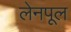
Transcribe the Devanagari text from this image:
लेनपूल